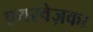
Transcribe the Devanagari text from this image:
एयरवेज़का